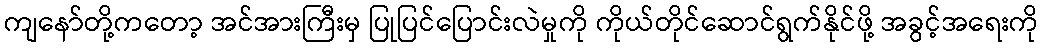
ကျနော်တို့ကတော့ အင်အားကြီးမှ ပြုပြင်ပြောင်းလဲမှုကို ကိုယ်တိုင်ဆောင်ရွက်နိုင်ဖို့ အခွင့်အရေးကို